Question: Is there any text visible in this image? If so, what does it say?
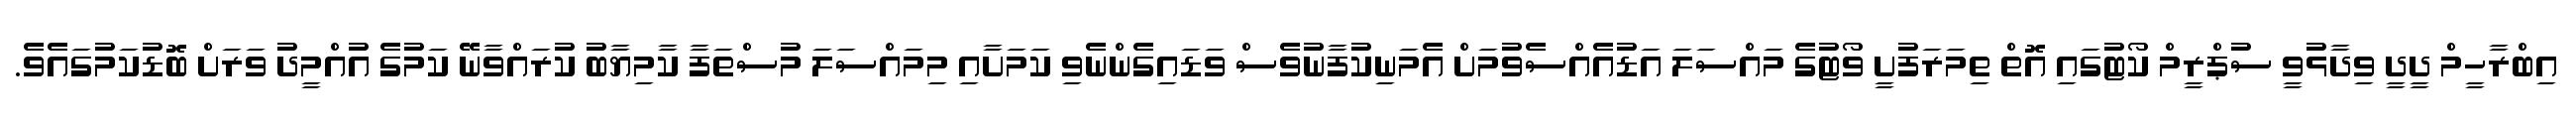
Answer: އިބްރާހީމް ދީދީ ވިދާޅުވީ ސުޕްރީމް ކޯޓުގައި އޮތް ތިމަރަފުށީ ވޯޓުގެ މައްސަލަ އަޑުއެއްސެވުމަށް އެމަނިކުފާނުވެސް ވަޑައިގެންނެވި ކަމަށާއި މިމައްސަލަ މުސްތަފާ ކާމިޔާބު ކުރައްވާނޭ ކަމުގެ އުއްމީދު ވަރަށް ބޮޑުކަމުގައެވެ.